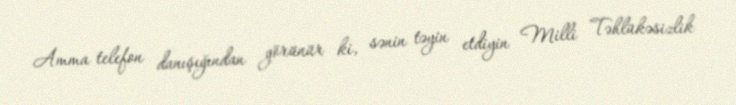
Amma telefon danışığından görünür ki, sənin təyin etdiyin Milli Təhlükəsizlik